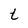
Character: t